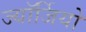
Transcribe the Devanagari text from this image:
ज्यॉर्जियो